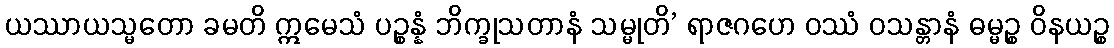
ယဿာယသ္မတော ခမတိ ဣမေသံ ပဉ္စန္နံ ဘိက္ခုသတာနံ သမ္မုတိ’ ရာဇဂဟေ ဝဿံ ဝသန္တာနံ ဓမ္မဉ္စ ဝိနယဉ္စ